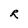
Character: R